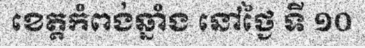
ខេត្តកំពង់ឆ្នាំង នៅថ្ងៃ ទី ១០